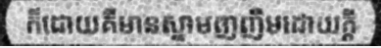
ក៏ដោយគឺមានស្នាមញញឹមដោយក្តី